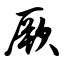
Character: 厥